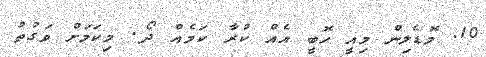
10. މޮޑެލިން މިއީ ހޮބީ އެއް ކުރާ ކަމެއް ދޯ. މިކަމަށް ވަގުތު